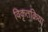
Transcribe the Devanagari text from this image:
विकृतक्रिया